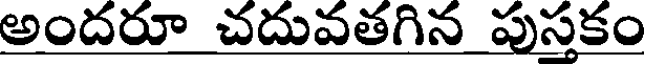
అందరూ చదువతగిన పుసకం